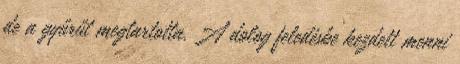
de a gyűrűt megtartotta. A dolog feledésbe kezdett menni